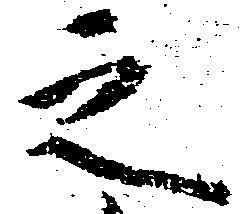
之